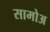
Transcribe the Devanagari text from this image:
सामोअ